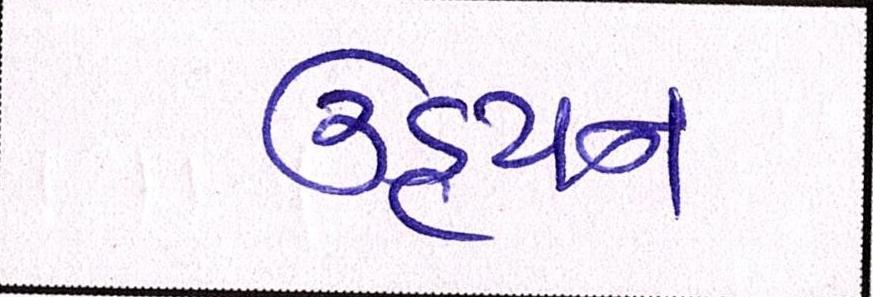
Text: ઉડ્ડયન